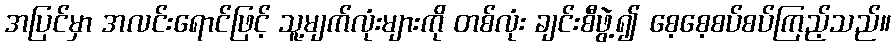
အပြင်မှာ အလင်းရောင်ဖြင့် သူ့မျက်လုံးများကို တစ်လုံး ချင်းစီဖွဲ့၍ စေ့စေ့စပ်စပ်ကြည့်သည်။